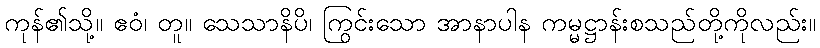
ကုန်၏သို့။ ဧဝံ၊ တူ။ သေသာနိပိ၊ ကြွင်းသော အာနာပါန ကမ္မဋ္ဌာန်းစသည်တို့ကိုလည်း။